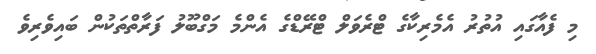
މި ފެއާގައި އުތުރު އެމެރިކާގެ ޓްރެވަލް ޓްރޭޑްގެ އެންމެ މަގްބޫލު ފަރާތްތަކުން ބައިވެރިވެ